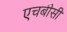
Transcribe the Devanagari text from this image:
एचबीसी